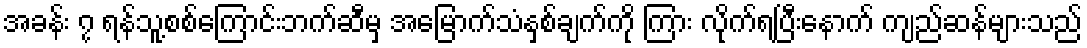
အခန်း ၇ ရန်သူ့စစ်ကြောင်းဘက်ဆီမှ အမြောက်သံနှစ်ချက်ကို ကြား လိုက်ရပြီးနောက် ကျည်ဆန်များသည်